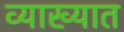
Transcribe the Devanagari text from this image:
व्याख्यात